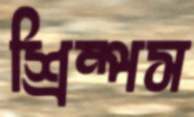
শ্রিম্পস